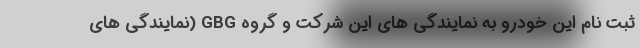
ثبت نام این خودرو به نمایندگی های این شرکت و گروه GBG (نمایندگی های